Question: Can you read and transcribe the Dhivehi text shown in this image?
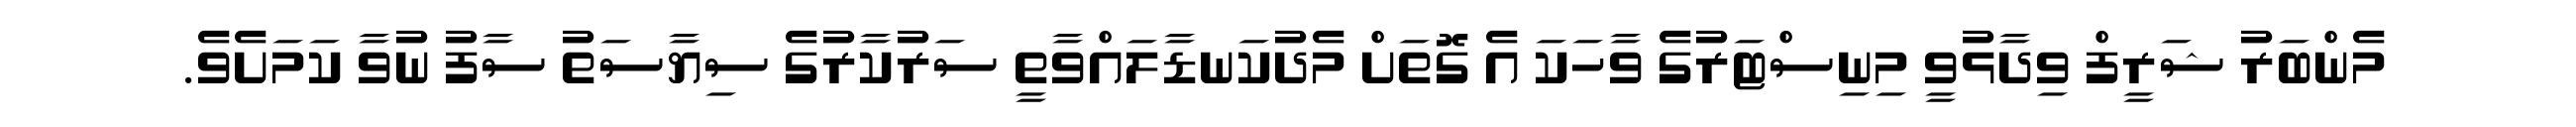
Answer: މެންބަރު ޝަރީފް ވިދާޅުވީ މިނިސްޓަރުގެ ވާހަކަ އެ ގޮތަށް މެދުކަނޑާލައްވާތީ ސަރުކާރުގެ ސިޔާސަތު ސާފު ނުވާ ކަމަށެވެ.